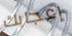
إعجابك